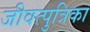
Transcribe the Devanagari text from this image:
जीवत्पुत्रिका